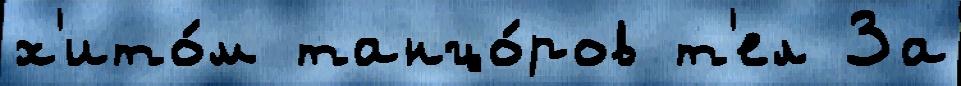
х'ито́м танцо́ров т'ел За